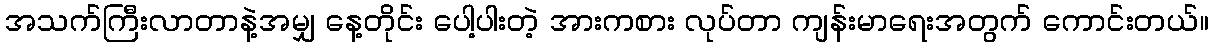
အသက်ကြီးလာတာနဲ့အမျှ နေ့တိုင်း ပေါ့ပါးတဲ့ အားကစား လုပ်တာ ကျန်းမာရေးအတွက် ကောင်းတယ်။